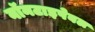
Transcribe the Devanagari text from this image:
नॉनटाइपेबल